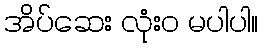
အိပ်ဆေး လုံးဝ မပါပါ။